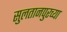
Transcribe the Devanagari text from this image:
सुलतानपुरच्या